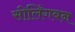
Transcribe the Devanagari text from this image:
सीलिंगबन